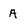
Character: A